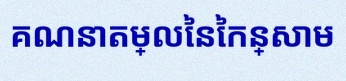
គណនាតម្លៃនៃកន្សោម